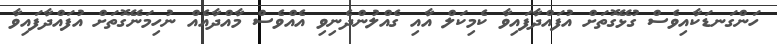
ހަންގަނޑަކާއިވެސް ގުޅޭގޮތަށް އުފައްދާފައިވާ ކެމިކަލް އާއި ގެއްލުންދެނިވި އެއްވެސް މާއްދާއެއް ނުހިމަނޭގޮތަށް އުފައްދާފައިވާ